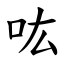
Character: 吰